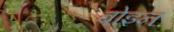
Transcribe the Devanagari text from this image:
बोइन